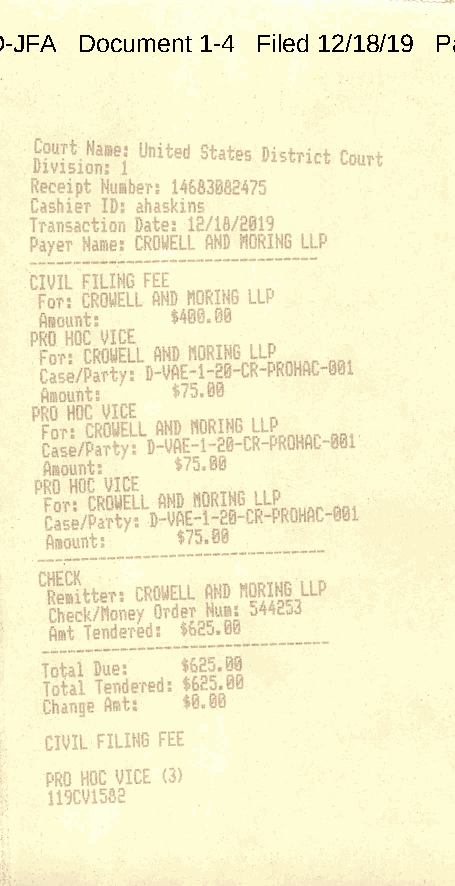
Case 1:19-cv-01582-LO-JFA Document 1-4 Filed 12/18/19 Page 1 of 1 PageID# 119
 MvisiJnM       District Court
 Receipt Nusber; 14663082475
 Cashier ID: ahaskins
 Transaction Date: 12/18/2019
 Payer Name: CROHELL AND NORIHG LLP
 CIVIL FILING FEE
 For: CROWELL AND MORING LLP
 Amount: $400.00
 WrSu    «Nt MUM LLP
 Amount: $75.00
 ^Fo-n'^CROUELL AND ilORING LLP
 Case/Party: D-VAE-1-20-CR-PROHAC-001
 Amount: $75.00
 Amount:  $75.00
 ^Etter: CROUELL AND flORING LLP
 Check/Honey OTder Hum; j442d3
 Amt Tendered: $b8j.00
 Total Due: $625.00
 Total Tetidered: $625.00
 Change Amt: $0.00
 CIVIL FILING FEE
 PRO HOC VICE (3)
 119CV1582
 ^1-